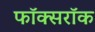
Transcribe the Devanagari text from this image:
फॉक्सरॉक